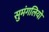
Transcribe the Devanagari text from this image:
सुमंगलियो